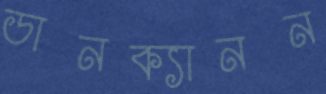
ডানক্যানন